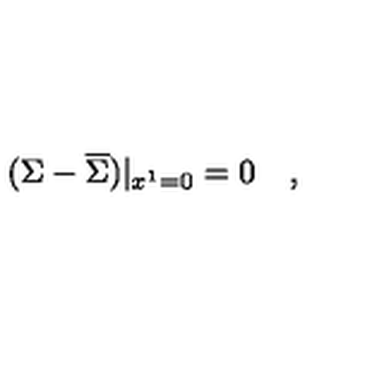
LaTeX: ( \Sigma - \overline { { \Sigma } } ) | _ { x ^ { 1 } = 0 } = 0 \quad ,